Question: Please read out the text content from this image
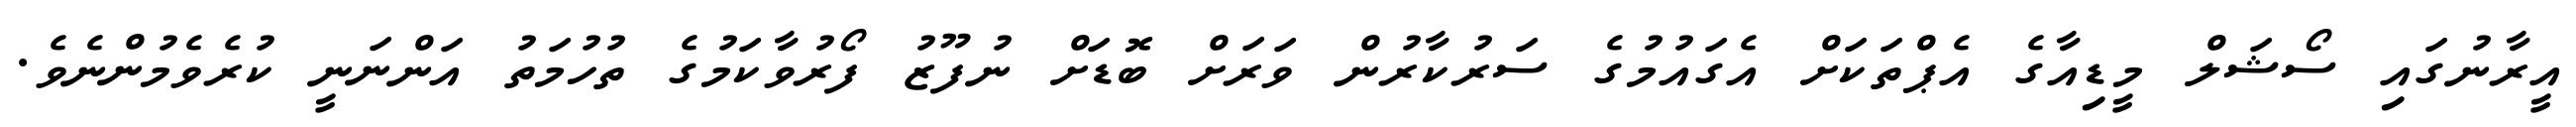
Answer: އީރާނުގައި ސޯޝަލް މީޑިއާގެ އެޕްތަކަށް އެގައުމުގެ ސަރުކާރުން ވަރަށް ބޮޑަށް ނުފޫޒު ފޯރުވާކަމުގެ ތުހުމަތު އަންނަނީ ކުރެވެމުންނެވެ.